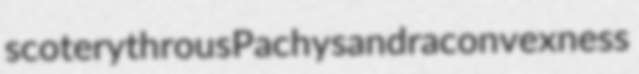
scoterythrous Pachysandra convexness